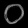
Digit: ၀